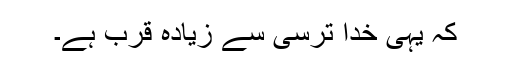
کہ یہی خدا ترسی سے زیادہ قرب ہے۔